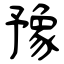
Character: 豫